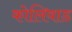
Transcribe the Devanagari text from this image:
कोलिवाड